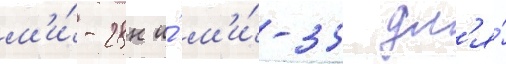
м'и́-28н и́ м'и́-35 дл'я́